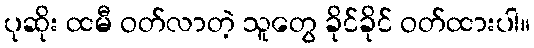
ပုဆိုး ထမီ ဝတ်လာတဲ့ သူတွေ ခိုင်ခိုင် ဝတ်ထားပါ။